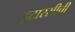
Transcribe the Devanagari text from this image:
इटारसीची